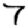
Digit: 7